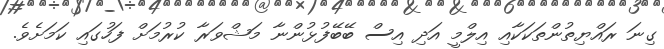
ގިނަ ރައްޔިތުންތަކަކާއި އިލްމީ އަދި އިސް ބޭބޭފުޅުންނާ މަޝްވަރާ ކުރުމަށް ފަހުގައި ކަމަށެވެ.